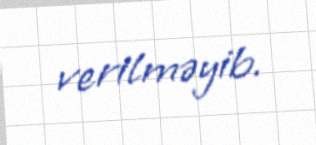
verilməyib.